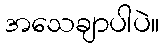
အသေချာပါပဲ။